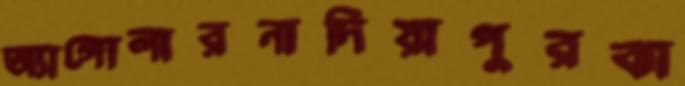
অ্যাঙ্গোলারনাদিয়াপুরঝা